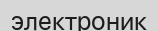
электроник